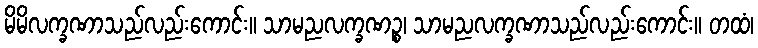
မိမိလက္ခဏာသည်လည်းကောင်း။ သာမညလက္ခဏဉ္စ၊ သာမညလက္ခဏာသည်လည်းကောင်း။ တထံ၊